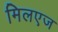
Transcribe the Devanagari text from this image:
मिलएज